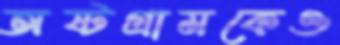
অষ্টগ্রামকেও